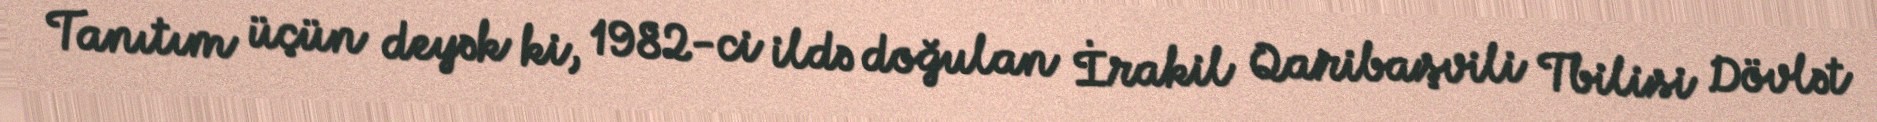
Tanıtım üçün deyək ki, 1982-ci ildə doğulan İrakil Qaribaşvili Tbilisi Dövlət